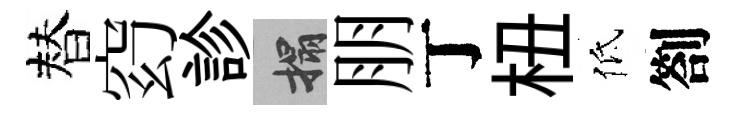
替𥥆診搨朋丁杻低劄